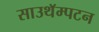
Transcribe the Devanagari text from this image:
साउथॅम्पटन